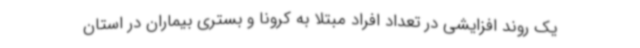
یک روند افزایشی در تعداد افراد مبتلا به کرونا و بستری بیماران در استان